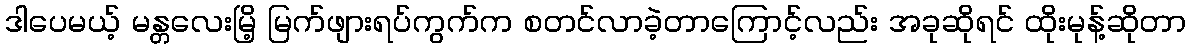
ဒါပေမယ့် မန္တလေးမြိ့ မြက်ဖျားရပ်ကွက်က စတင်လာခဲ့တာကြောင့်လည်း အခုဆိုရင် ထိုးမုန့်ဆိုတာ